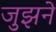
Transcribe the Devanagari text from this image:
जुझने